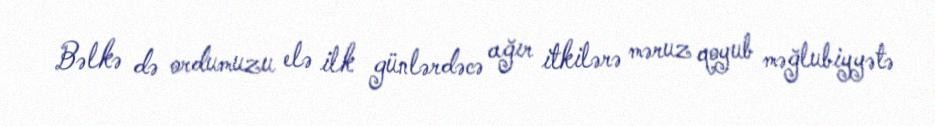
Bəlkə də ordumuzu elə ilk günlərdəcə ağır itkilərə məruz qoyub məğlubiyyətə